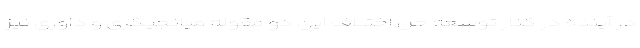
در آینده در کنار توسعه حل اختلاف این دو مقوله میانجیگری و داوری نیز